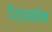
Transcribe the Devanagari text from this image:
दैर्ध्यसीमा